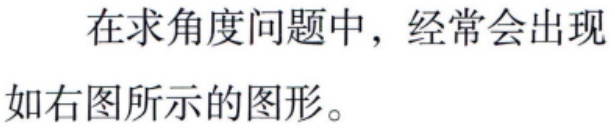
在求角度问题中，经常会出现
如右图所示的图形。